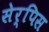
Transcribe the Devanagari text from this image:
सेर्पिस